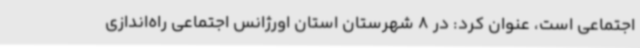
اجتماعی است، عنوان کرد: در 8 شهرستان استان اورژانس اجتماعی راه‌اندازی